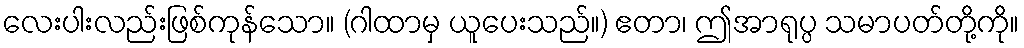
လေးပါးလည်းဖြစ်ကုန်သော။ (ဂါထာမှ ယူပေးသည်။) ဧတာ၊ ဤအာရုပ္ပ သမာပတ်တို့ကို။